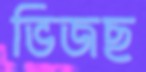
ভিজছ